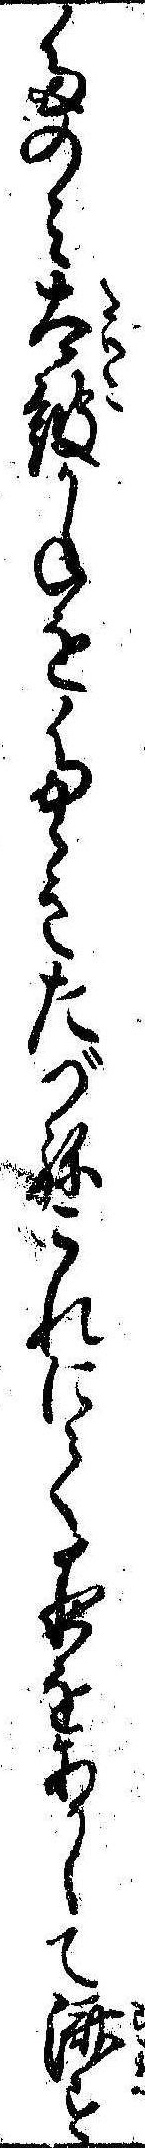
たのみ太鼓かねをたゝきたづねこれにて夜をあかして済す